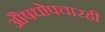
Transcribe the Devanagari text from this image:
औषधोपचारही